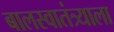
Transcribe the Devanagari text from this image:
बालस्वातंत्र्याला